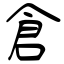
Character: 倉